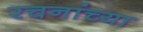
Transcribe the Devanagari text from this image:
रचनांच्या